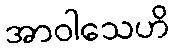
အာဝါသေဟိ